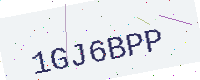
Text: 1GJ6BPP